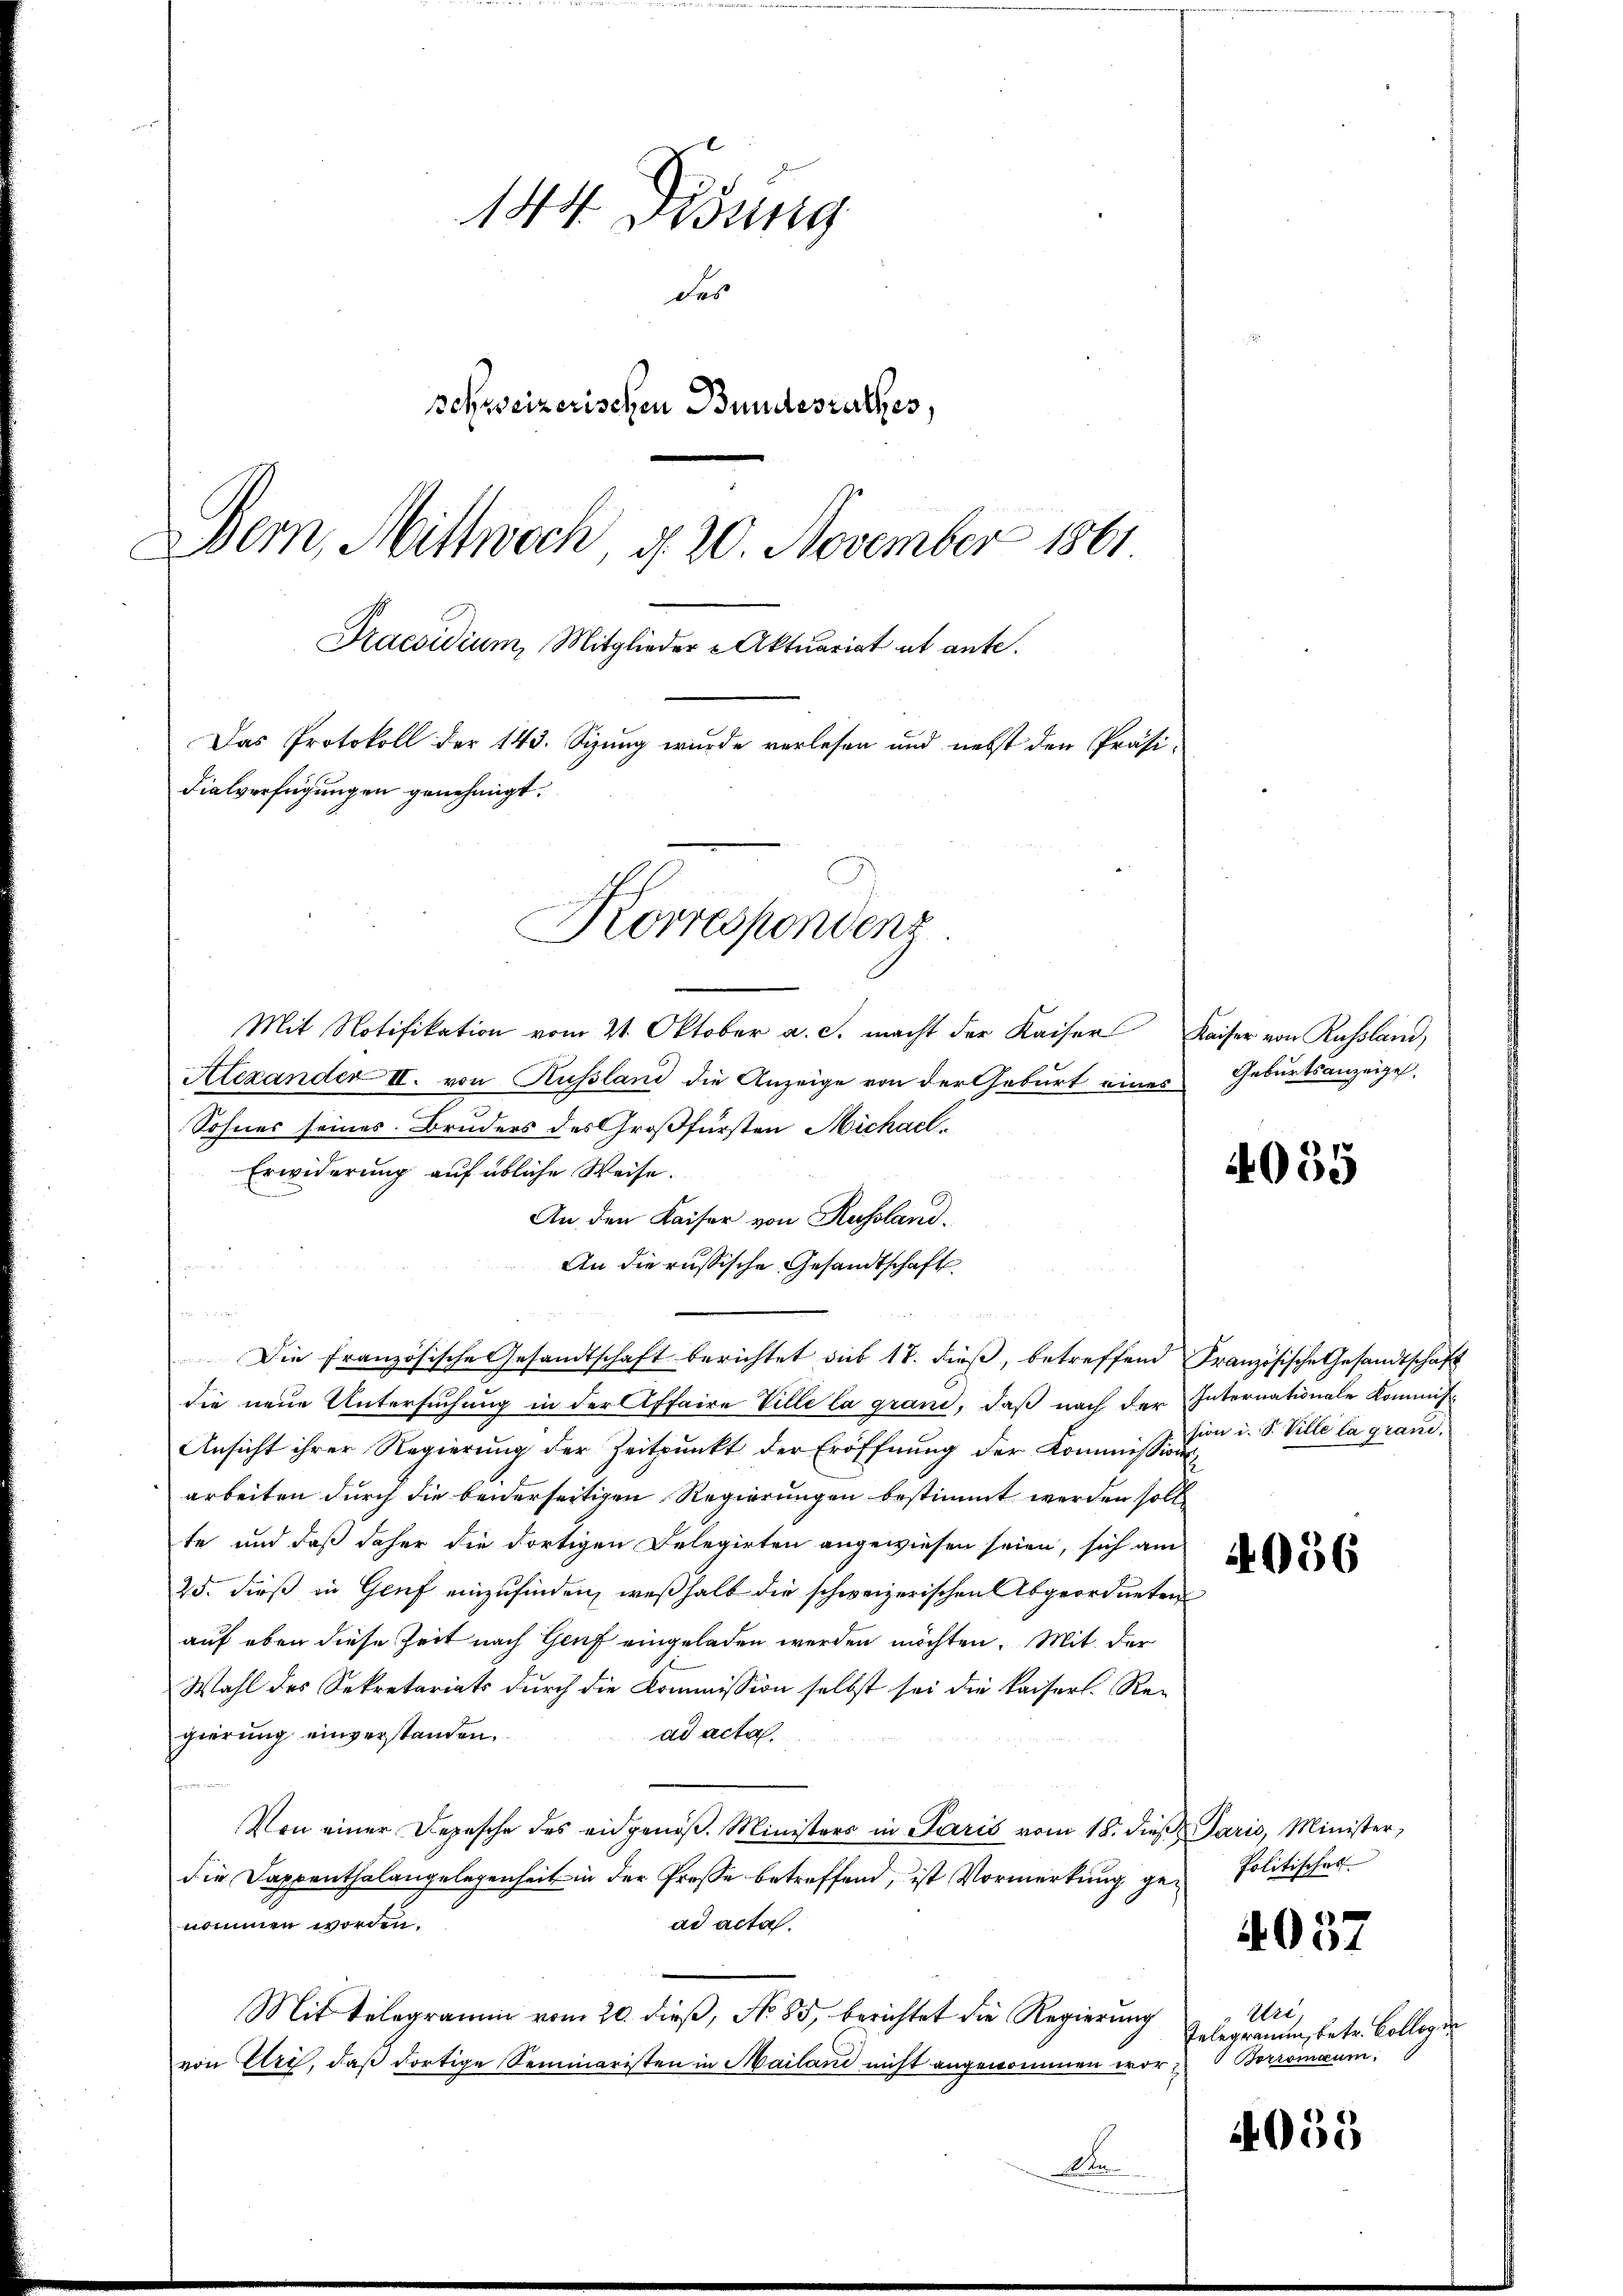
144. Didung
des
Schweizerischen Bundesrathes,
Bern, Mittwoch, d. 20. November 1861
Praesidium, Mitglieder Aktuariat ab ante.
Das Protokoll der 143. Sizung wurde verlesen und nebst den Präsi¬
Fialverfügungen genehmigt.
Korrespondenz

Mit Notifikation vom 21. Oktober a. c. macht der Kaiser Kaiser von Russland,
Alexander II. von Russland die Anzeige von der Geburt eines Geburtsanzeigel.
Sohnes seines Bruders des Großfürsten Michael¬
Erwiderung auf übliche Weise.

An den Kaiser von Russland.
An die russische Gesandtschaft
n
Die französische Gesandtschaft berichtet aus 17. dieβ, betreffend Französische Gesandtschaft
die neue Untersuchung in der Affaire Ville la grand, daß nach der Internationale Kommis¬
Ansicht ihrer Regierung der Zeitpunkt der Eröffnung der Kommissionsarbeiten durch die beiderseitigen Regierungen bestimmt werden soll
te und daß daher die dortigen Delegirten angewiesen seien, sich am
25. dieß in Genf einzufinden, weßhalb die schweizerischen Abgeordneten
auf eben diese Zeit nach Genf eingeladen werden möchten. Mit der
Wahl des Sekretariats durch die Kommission selbst sei die kaiserl. Re-
ad acta.
gierung einverstanden.
Von einer Depesche des eidgenöβ. Ministers in Paris vom 18. dieβ Paris, Minister,
die Dappenthalangelegenheit in der Presse betreffend, ist Vormerkung gead acta.
nommen worden.
Mit Telegramm vom 20. dieß, No 85, berichtet die Regierung
von Uri, daß dortige Seminaristen in Mailand nicht angenommen wor¬
Man

n

4055

sion i. S. Ville la grand.

4056

Politisches

4057

Uri
Telegramm, betr. Colleg in
7 Borromaum.

4055